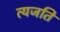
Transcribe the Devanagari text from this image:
त्यजति